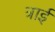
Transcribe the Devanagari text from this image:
त्राई